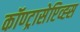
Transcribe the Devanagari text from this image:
कॉण्ट्रासेप्टिव्ह्स